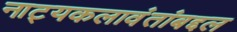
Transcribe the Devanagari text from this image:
नाट्यकलावंतांबद्दल